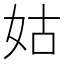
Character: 姑